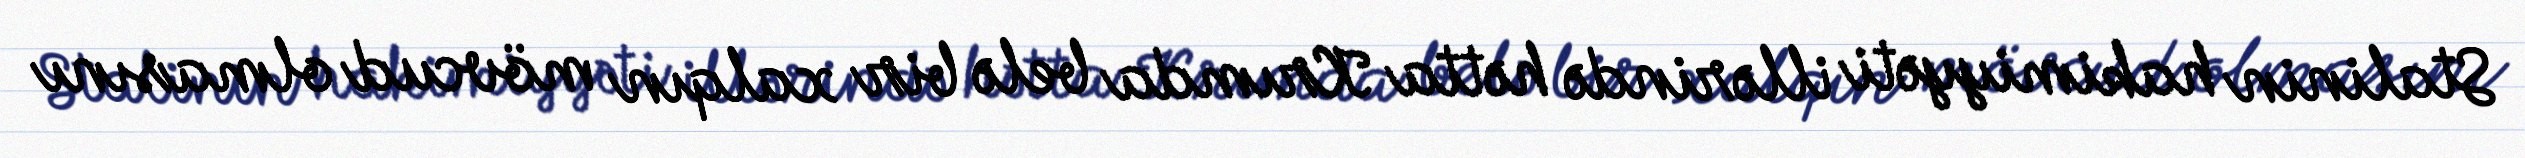
Stalinin hakimiyyəti illərində hətta Krımda belə bir xalqın mövcud olmasını